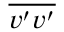
\overline { { v ^ { \prime } v ^ { \prime } } }